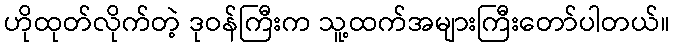
ဟိုထုတ်လိုက်တဲ့ ဒုဝန်ကြီးက သူ့ထက်အများကြီးတော်ပါတယ်။